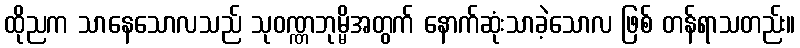
ထိုညက သာနေသောလသည် သုဝဏ္ဏဘုမ္မိအတွက် နောက်ဆုံးသာခဲ့သောလ ဖြစ် တန်ရာသတည်း။